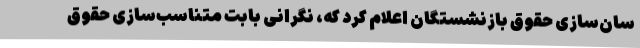
سان‌سازی حقوق بازنشستگان اعلام کرد که، نگرانی بابت متناسب‌سازی حقوق